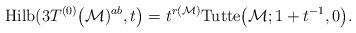
LaTeX: \begin{gather*}{\rm Hilb}(3T^{(0)}\big({\cal{M}})^{ab},t\big)= t^{r({\cal{M}})} {\rm Tutte}\big({\cal{M}}; 1+t^{-1},0\big).\end{gather*}